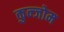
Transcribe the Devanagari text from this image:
कुन्जोम